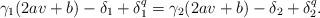
LaTeX: \begin{align*}\gamma_1(2av+b)-\delta_1+\delta_1^q=\gamma_2(2av+b)-\delta_2+\delta_2^q.\end{align*}